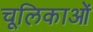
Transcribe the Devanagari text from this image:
चूलिकाओं